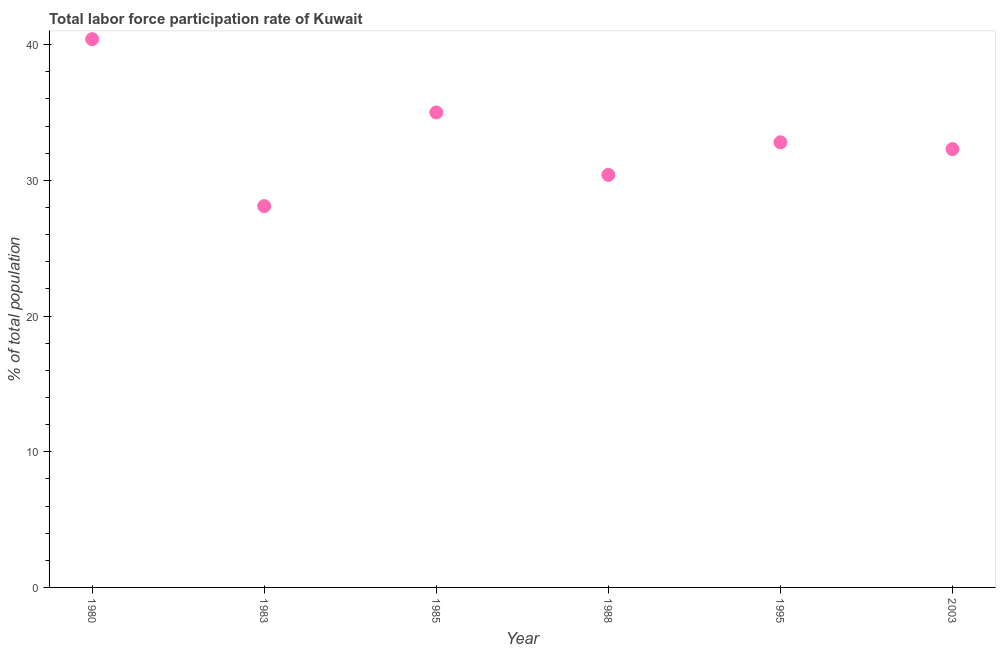
| Year | Labor force participation rate for ages 15-24 total |
 | --- | --- |
 | 1980 | 40.4 |
 | 1983 | 28.1 |
 | 1985 | 35 |
 | 1988 | 30.4 |
 | 1995 | 32.8 |
 | 2003 | 32.3 |